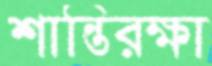
শান্তিরক্ষা